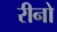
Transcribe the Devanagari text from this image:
रीनो